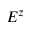
E ^ { z }